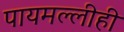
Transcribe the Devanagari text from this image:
पायमल्लीही